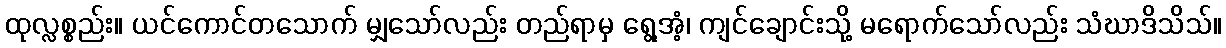
ထုလ္လစ္စည်း။ ယင်ကောင်တသောက် မျှသော်လည်း တည်ရာမှ ရွေ့အံ့၊ ကျင်ချောင်းသို့ မရောက်သော်လည်း သံဃာဒိသိသ်။